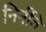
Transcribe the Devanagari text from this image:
निर्नति